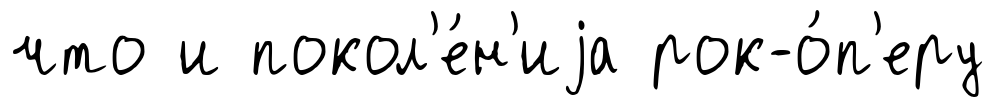
что и покол'е́н'иjа рок-о́п'еру